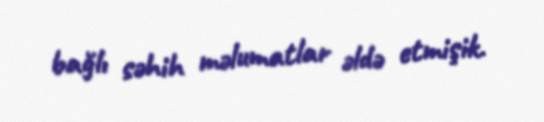
bağlı səhih məlumatlar əldə etmişik.